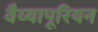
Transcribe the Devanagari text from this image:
वैय्यापूरियन